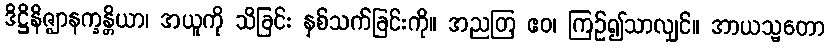
ဒိဋ္ဌိနိဇ္ဈာနက္ခန္တိယာ၊ အယူကို သိခြင်း နှစ်သက်ခြင်းကို။ အညတြ ဧဝ၊ ကြဉ်၍သာလျှင်။ အာယသ္မတော